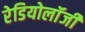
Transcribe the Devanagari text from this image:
रेडियोलॉंजी